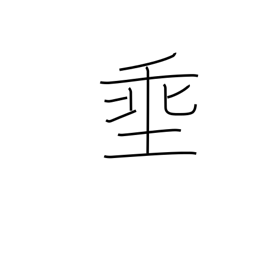
Meaning: let down